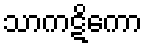
သာကဋိကော